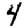
Digit: 4